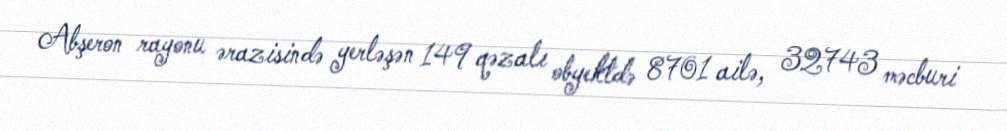
Abşeron rayonu ərazisində yerləşən 149 qəzalı obyektdə 8701 ailə, 32743 məcburi